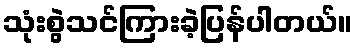
သုံးစွဲသင်ကြားခဲ့ပြန်ပါတယ်။